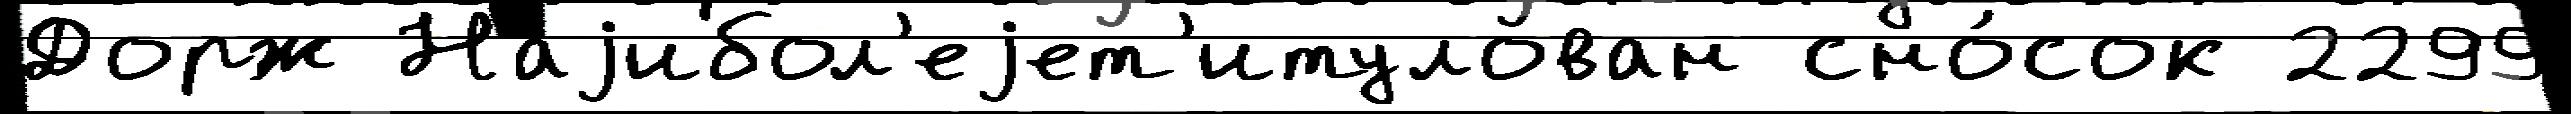
Дорж Наjибол'еjет'итулован сно́сок 2299